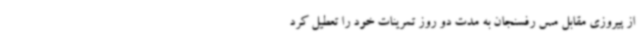
از پیروزی مقابل مس رفسنجان به مدت دو روز تمرینات خود را تعطیل کرد